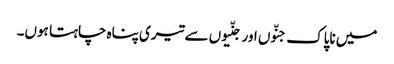
میں ناپاک جنّوں اور جنّیوں سے تیری پناہ چاہتا ہوں۔